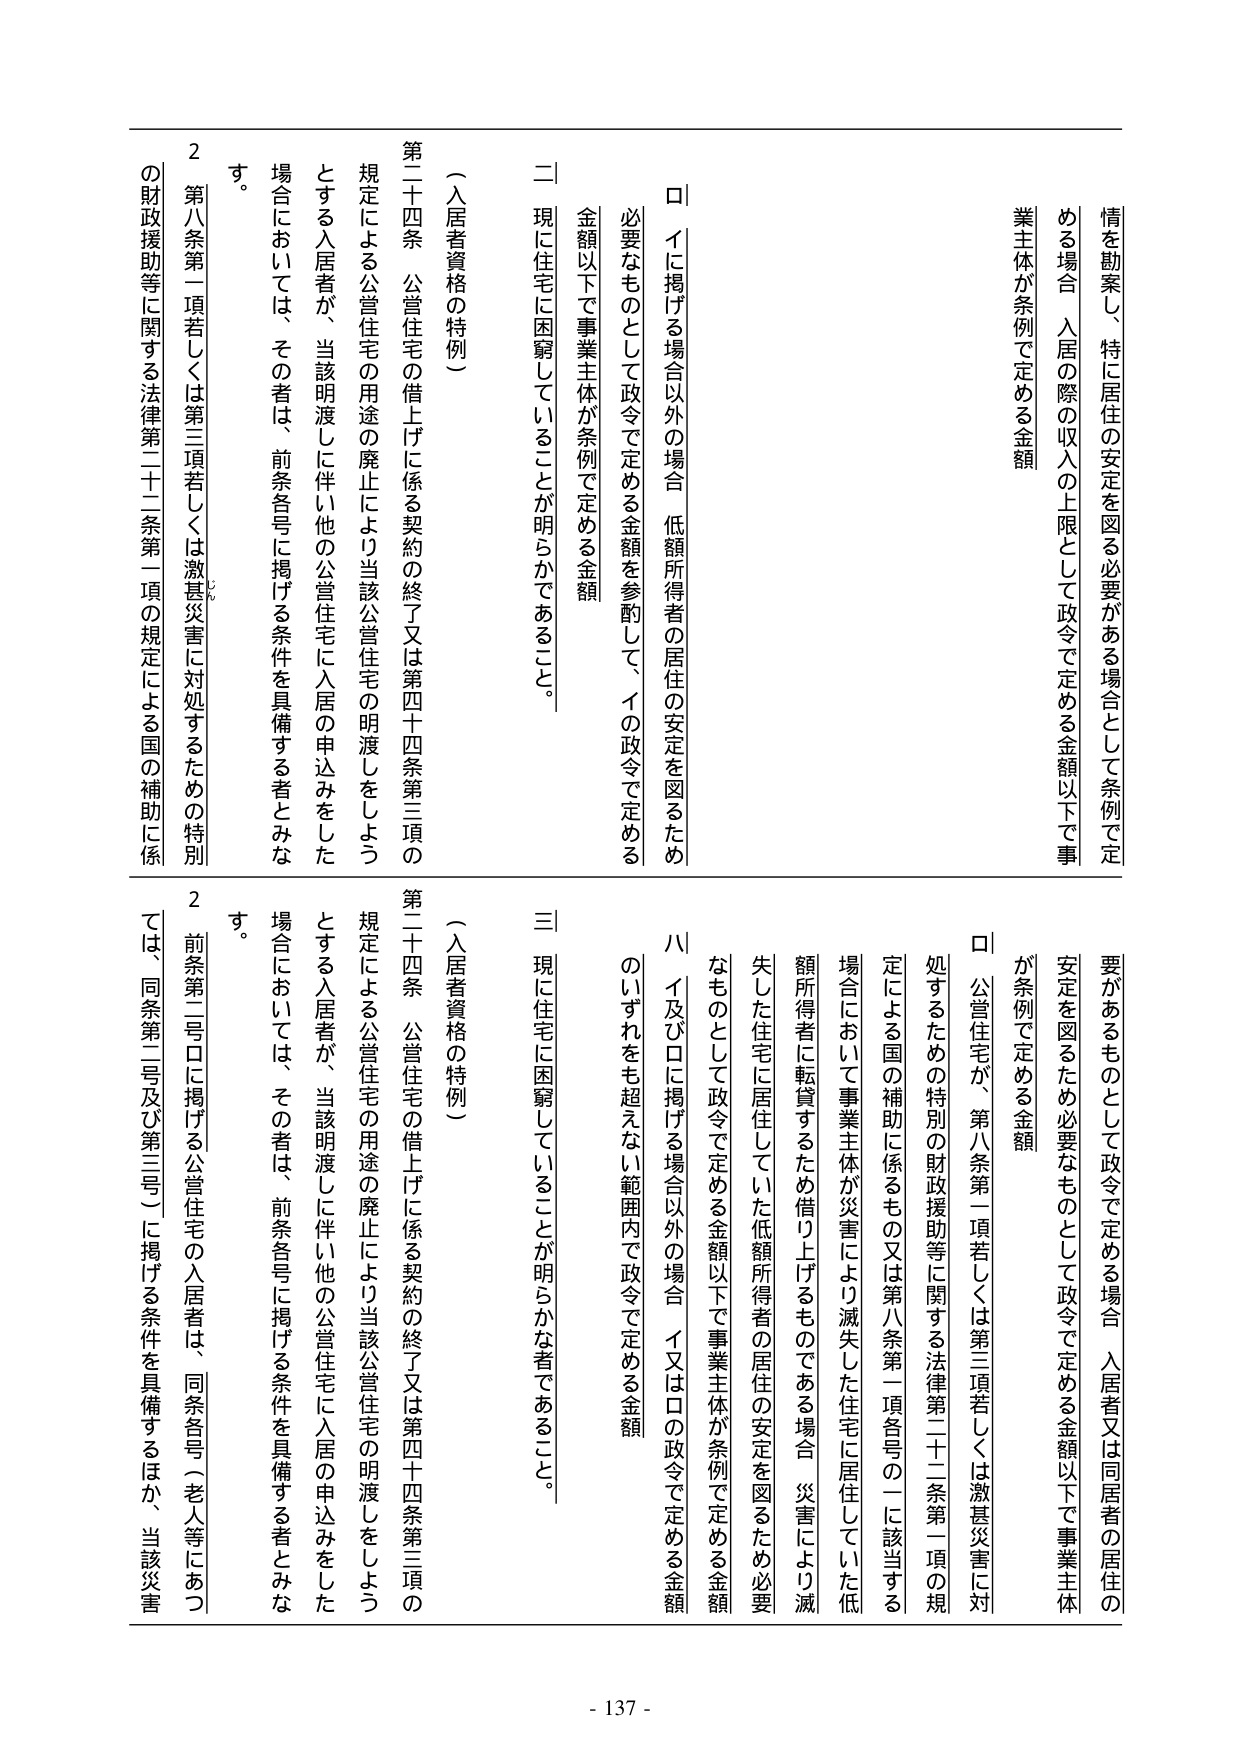
情を勘案し、特に居住の安定を図る必要がある場合として条例で定める場合、入居の際の収入の上限として政令で定める金額以下で事業主体が条例で定める金額

ロ イに掲げる場合以外の場合、低額所得者の居住の安定を図るため必要なものとして政令で定める金額を参酌して、イの政令で定める金額以下で事業主体が条例で定める金額

二 現に住宅に困窮していることが明らかであること。

（入居者資格の特例）

第二十四条 公営住宅の借上げに係る契約の終了又は第四十四条第三項の規定による公営住宅の用途の廃止により当該公営住宅の明渡しをしようとする入居者が、当該明渡しに伴い他の公営住宅に入居の申込みをした場合においては、その者は、前条各号に掲げる条件を具備する者とみなす。

2 第八条第一項若しくは第三項若しくは激甚災害に対処するための特別の財政援助等に関する法律第二十二条第一項の規定による国の補助に係

要があるものとして政令で定める場合、入居者又は同居者の居住の安定を図るため必要なものとして政令で定める金額以下で事業主体が条例で定める金額

ロ 公営住宅が、第八条第一項若しくは第三項若しくは激甚災害に対処するための特別の財政援助等に関する法律第二十二条第一項の規定による国の補助に係るもの又は第八条第一項各号の一に該当する場合において事業主体が災害により滅失した住宅に居住していた低額所得者に転貸するため借り上げるものである場合、災害により滅失した住宅に居住していた低額所得者の居住の安定を図るため必要なものとして政令で定める金額以下で事業主体が条例で定める金額

ハ イ及びロに掲げる場合以外の場合、イ又はロの政令で定める金額のいずれをも超えない範囲内で政令で定める金額

三 現に住宅に困窮していることが明らかな者であること。

（入居者資格の特例）

第二十四条 公営住宅の借上げに係る契約の終了又は第四十四条第三項の規定による公営住宅の用途の廃止により当該公営住宅の明渡しをしようとする入居者が、当該明渡しに伴い他の公営住宅に入居の申込みをした場合においては、その者は、前条各号に掲げる条件を具備する者とみなす。

2 前条第二号ロに掲げる公営住宅の入居者は、同条各号（老人等にあつては、同条第二号及び第三号）に掲げる条件を具備するほか、当該災害

- 137 -